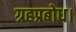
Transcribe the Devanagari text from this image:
ग्रहप्रबोध।